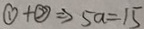
\textcircled { 1 } + \textcircled { 2 } \Rightarrow 5 a = 1 5